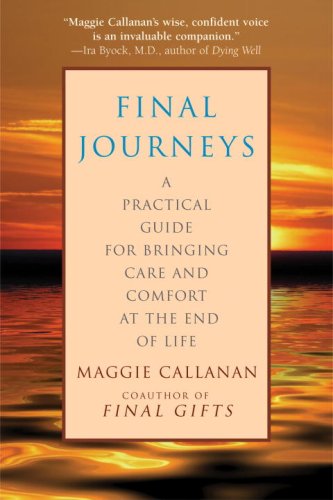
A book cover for Final Journeys: A Practical Guide for Bringing Care and Comfort at the End of Life; Maggie Callanan; Self-Help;